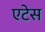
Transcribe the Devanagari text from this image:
एटेस